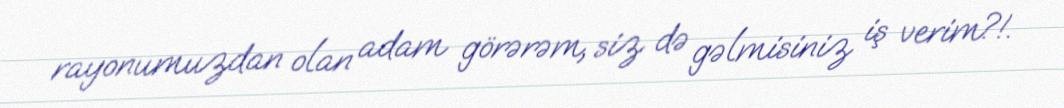
rayonumuzdan olan adam görərəm, siz də gəlmisiniz iş verim?!.